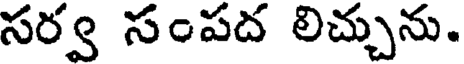
సర్వ సంపద లిచ్చును.